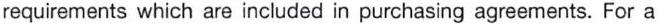
requirements which are included in purchasing agreements. For a